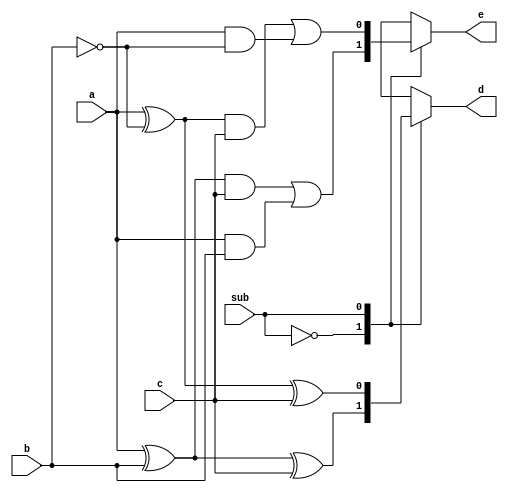
module lab1_1 (a, b, c, sub, d, e);
input a, b, c;
input sub;
output d, e;
reg xor1, and1, and2;
reg d, e;
// add your design here

always@* begin
    case(sub)
        1'b0: begin
            xor1 = a ^ b;
            d = xor1 ^ c;
            and1 = xor1 & c;
            and2 = a & b;
            e = and1 | and2; 
        end
        1'b1: begin
            xor1 = a ^ ~b;
            d = xor1 ^ c;
            and1 = xor1 & c;
            and2 = a & ~b;
            e = and1 | and2;
        end
        default: begin
        end
    endcase
           
end

endmodule